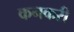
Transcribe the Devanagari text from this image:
कनकरी